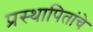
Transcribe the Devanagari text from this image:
प्रस्थापितांचे